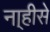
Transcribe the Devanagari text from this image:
ना्हीसे